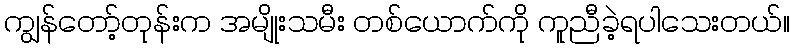
ကျွန်တော့်တုန်းက အမျိုးသမီး တစ်ယောက်ကို ကူညီခဲ့ရပါသေးတယ်။